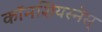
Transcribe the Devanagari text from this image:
काॅनशियस्नेस्